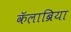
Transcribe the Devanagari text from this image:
कॅलाब्रिया